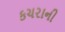
કચરાની